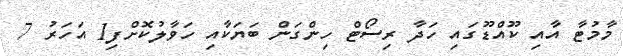
މާމުޓާ އާއި ކޫއްޑޫގައި ހަދާ ރިސޯޓް ހިންގަން ބަޔަކާއި ހަވާލުކޮށްފި1 އަހަރު 7